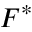
F ^ { * }